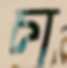
চা